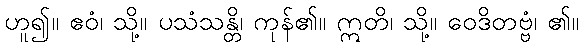
ဟူ၍။ ဧဝံ၊ သို့။ ပသံသန္တိ၊ ကုန်၏။ ဣတိ၊ သို့။ ဝေဒိတဗ္ဗံ၊ ၏။